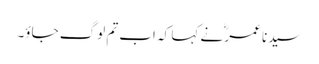
سیدنا عمرؓ نے کہا کہ اب تم لوگ جاؤ۔